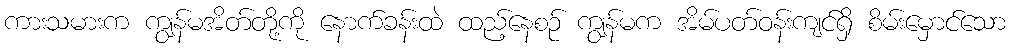
ကားသမားက ကျွန်မအိတ်တို့ကို နောက်ခန်းထဲ ထည့်နေစဉ် ကျွန်မက အိမ်ပတ်ဝန်းကျင်ရှိ စိမ်းမှောင်သော